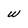
Character: w